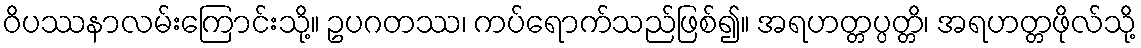
ဝိပဿနာလမ်းကြောင်းသို့။ ဥပဂတဿ၊ ကပ်ရောက်သည်ဖြစ်၍။ အရဟတ္တပ္ပတ္တိ၊ အရဟတ္တဖိုလ်သို့